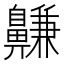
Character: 𪖳